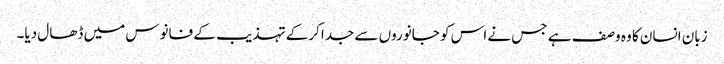
زبان انسان کا وہ وصف ہے جس نے اس کو جانوروں سے جدا کرکے تہذیب کے فانوس میں ڈھال دیا۔